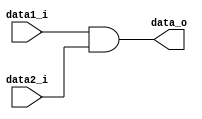
module And
(
  input          data1_i,
  input          data2_i,

  output         data_o
);

assign data_o = data1_i & data2_i;

endmodule